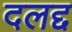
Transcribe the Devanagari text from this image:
दलद्द